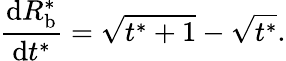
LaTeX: \frac{\mathrm{d}R_{\mathrm{b}}^{*}}{\mathrm{d}t^{*}}=\sqrt{t^{*}+1}-\sqrt{t^{*}}.